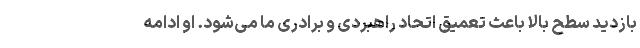
بازدید سطح بالا باعث تعمیق اتحاد راهبردی و برادری ما می‌شود. او ادامه